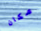
مكان